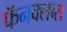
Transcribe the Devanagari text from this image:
फॅनक्लब्स